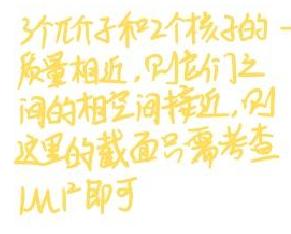
3个π介子和2个核子的一质量相近, 则它们之间的相空间接近, 则这里的截面只需考查LMC即可